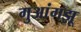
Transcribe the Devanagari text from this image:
गुआंगझू